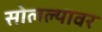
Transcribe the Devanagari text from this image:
सोलल्यावर